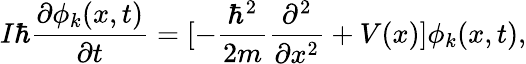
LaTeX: I\hbar{\frac{\partial\phi_{k}(x,t)}{\partial t}}=[-\frac{\hbar^{2}}{2m}{\frac{\partial^{2}}{\partial x^{2}}}+V(x)]\phi_{k}(x,t),